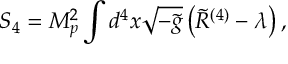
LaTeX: S _ { 4 } = M _ { p } ^ { 2 } \int d ^ { 4 } x \sqrt { - \tilde { g } } \left( \tilde { R } ^ { ( 4 ) } - \lambda \right) ,